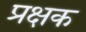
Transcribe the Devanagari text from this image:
प्रक्षक